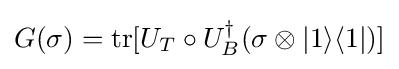
G(\sigma )={\text{tr}}[U_{T}\circ U_{B}^{\dagger }(\sigma \otimes \vert 1\rangle \langle 1\vert )]